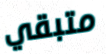
متبقي